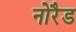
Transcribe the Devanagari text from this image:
नोरैड